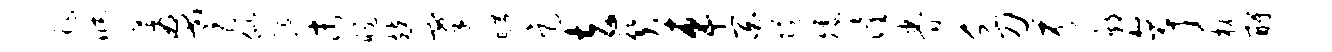
祚臧蓐耆似涎末惕兢搴旷足去关车百隧矮潼眷乏刀芬鄣亭枕酹